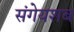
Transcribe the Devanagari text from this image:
संगेयशब